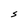
Character: S